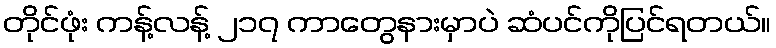
တိုင်ဖုံး ကန့်လန့် ၂၁၇ ကာတွေနားမှာပဲ ဆံပင်ကိုပြင်ရတယ်။